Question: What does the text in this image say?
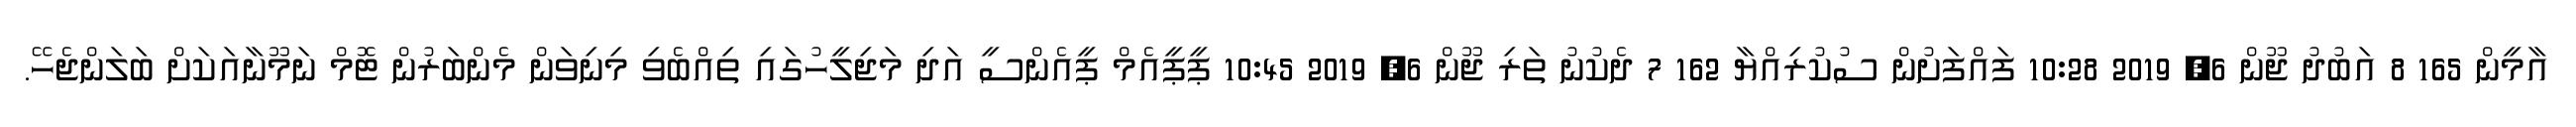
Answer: އާމީން 165 8 އަބުދު ޖޫން 6, 2019 10:28 ފައްފަށުން ސުކުރިއްޔާ 162 7 ދެކުނު ތަރި ޖޫން 6, 2019 10:45 ޕީޕީއެމް ޕީއެންސީ އަދި މަޖިލީހުގައި ތިއްބެވި މިނިވަން މެންބަރުން ޓޮމް ނަމޫނާއަކަށް ބަލަންޖެހޭ.